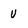
Character: U